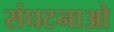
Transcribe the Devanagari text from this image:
संघटनाओ